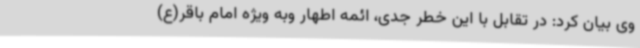
وی بیان کرد: در تقابل با این خطر جدی، ائمه اطهار وبه ویژه امام باقر(ع)